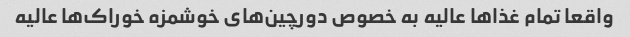
واقعا تمام غذاها عالیه به خصوص دورچین‌های خوشمزه خوراک‌ها عالیه